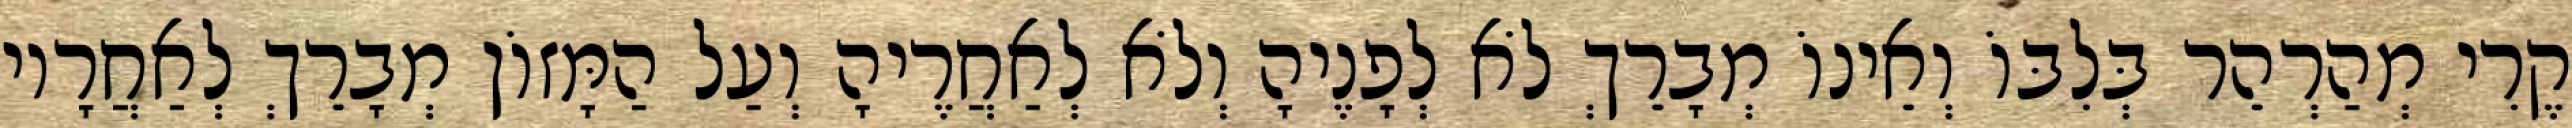
קֶרִי מְהַרְהֵר בְּלִבּוֹ וְאֵינוֹ מְבָרֵךְ לֹא לְפָנֶיהָ וְלֹא לְאַחֲרֶיהָ וְעַל הַמָּזוֹן מְבָרֵךְ לְאַחֲרָיו